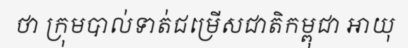
ថា ក្រុមបាល់ទាត់ជម្រើសជាតិកម្ពុជា អាយុ